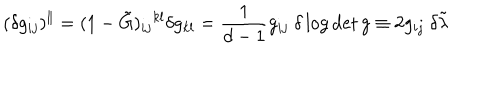
( \delta g _ { i j } ) ^ { \Vert } = ( 1 - \tilde { G } ) _ { i j } { } ^ { k l } \delta g _ { k l } = \frac { 1 } { d - 1 } g _ { i j } \ \delta \log \det g \equiv 2 g _ { i j } \ \delta \tilde { \lambda }